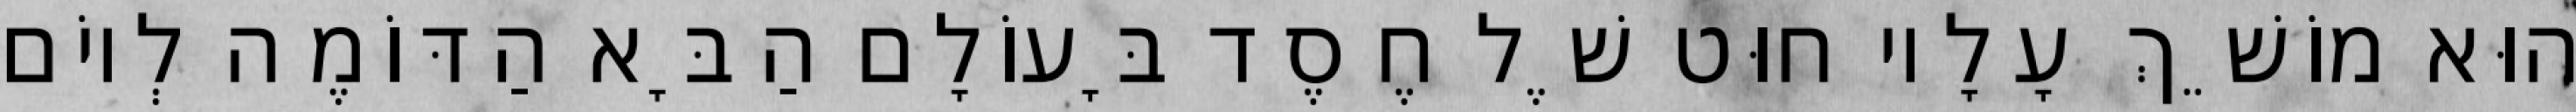
הוּא מוֹשֵׁךְ עָלָיו חוּט שֶׁל חֶסֶד בָּעוֹלָם הַבָּא הַדּוֹמֶה לְיוֹם